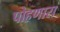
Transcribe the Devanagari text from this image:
पोहणारा